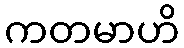
ကတမာဟိ